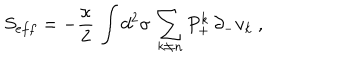
S _ { e f f } = - { \frac { \kappa } { 2 } } \, \int d ^ { 2 } \sigma \, \sum _ { k \not = n } P _ { + } ^ { k } \, \partial _ { - } v _ { k } \ ,